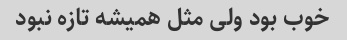
خوب بود ولی مثل همیشه تازه نبود